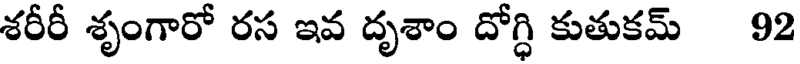
శరీరీ శృంగారో రస ఇవ దృశాం దోగ్ధి కుతుకమ్ 92